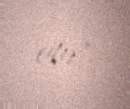
edir”.